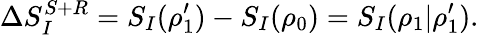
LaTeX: \Delta S_{I}^{S+R}=S_{I}(\rho_{1}^{\prime})-S_{I}(\rho_{0})=S_{I}(\rho_{1}|\rho_{1}^{\prime}).